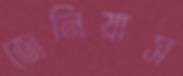
জেনিয়াস